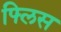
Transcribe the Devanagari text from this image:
फ्लिस